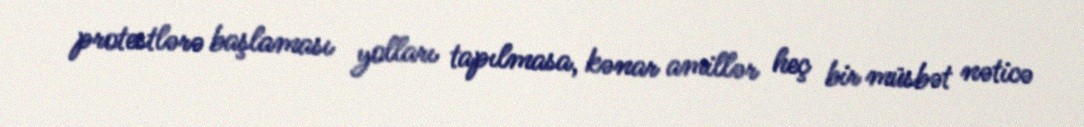
protestlərə başlaması yolları tapılmasa, kənar amillər heç bir müsbət nəticə